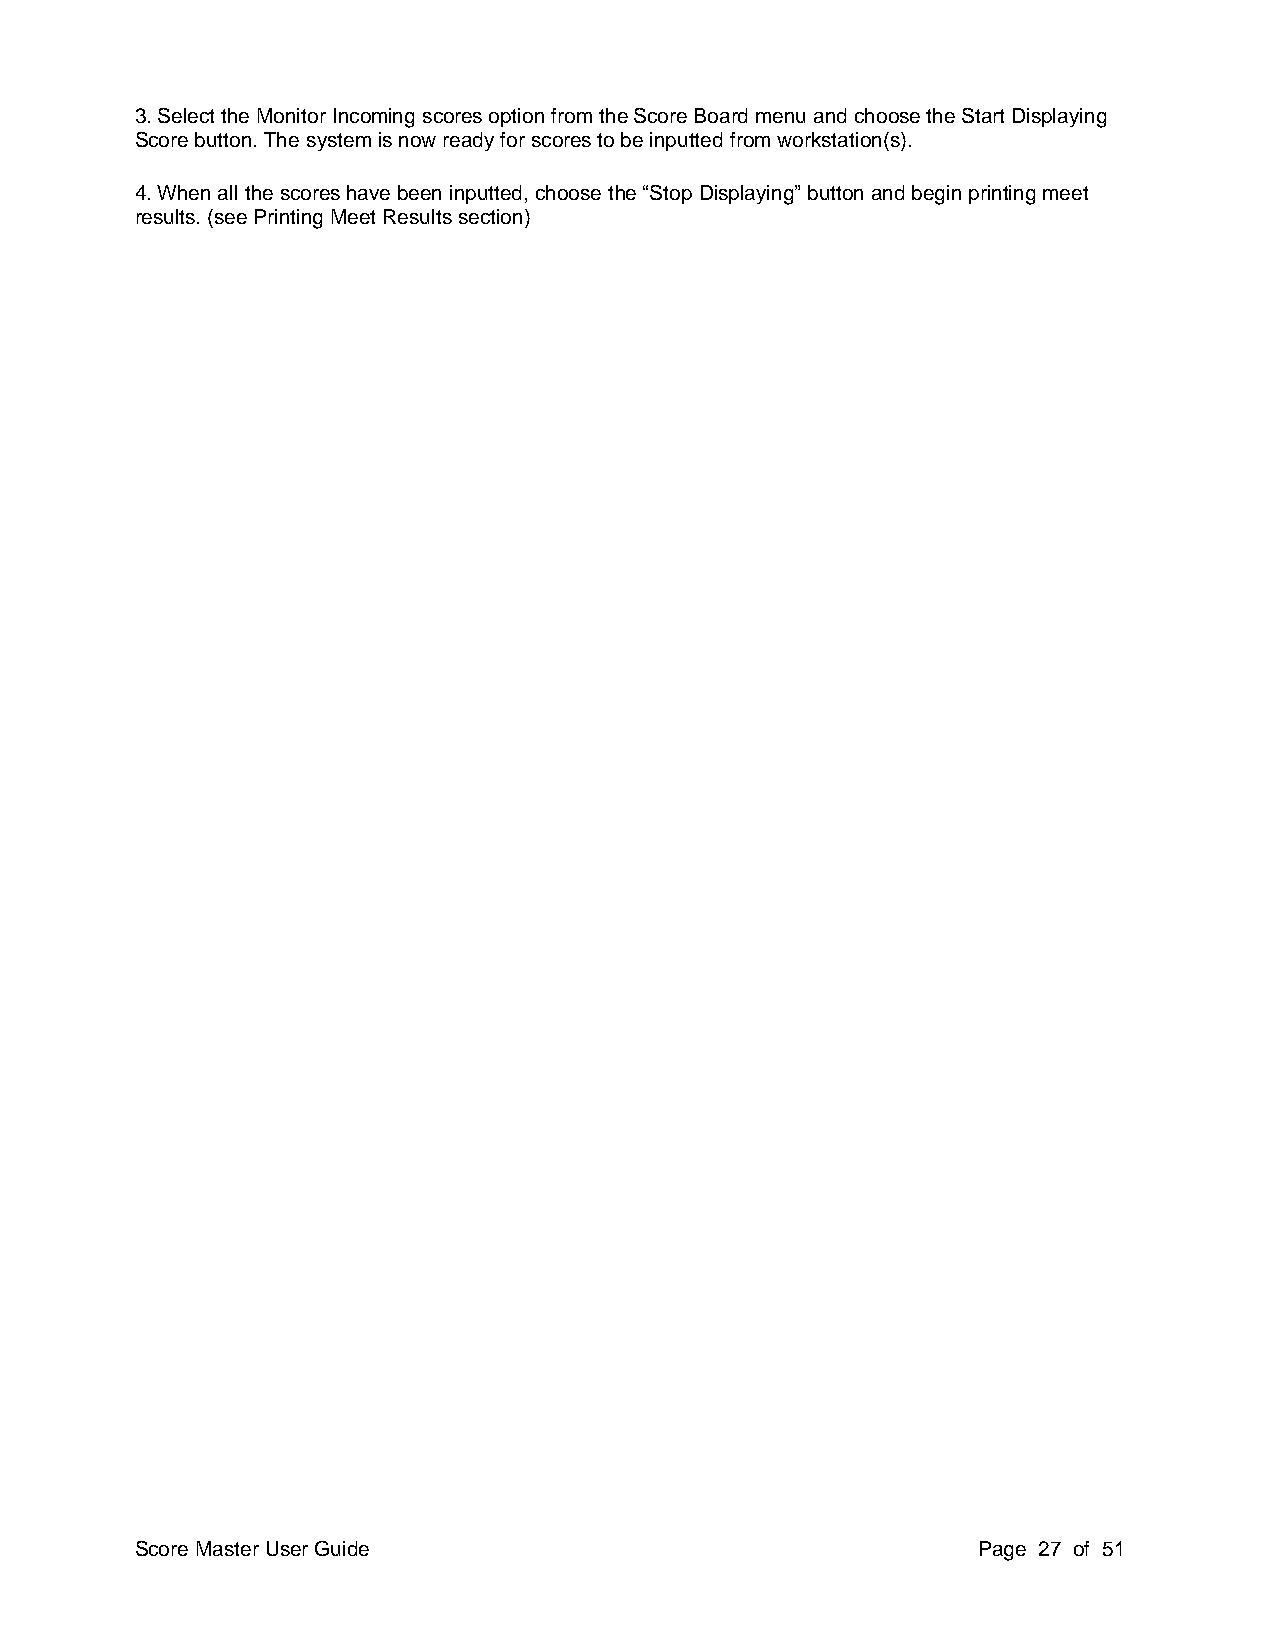
3. Select the Monitor Incoming scores option from the Score Board menu and choose the Start Displaying
 Score button. The system is now ready for scores to be inputted from workstation(s).
 4. When all the scores have been inputted, choose the “Stop Displaying” button and begin printing meet
 results. (see Printing Meet Results section)
 Score Master User Guide                                 Page 27 of 51